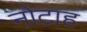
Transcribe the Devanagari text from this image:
नोटाह